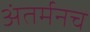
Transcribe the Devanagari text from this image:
अंतर्मनच